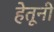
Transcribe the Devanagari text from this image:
हेतूनी